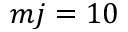
m j = 1 0